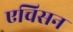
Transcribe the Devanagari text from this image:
एचिसन